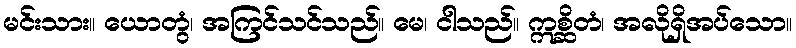
မင်းသား။ ယောတွံ၊ အကြင်သင်သည်။ မေ၊ ငါသည်။ ဣစ္ဆိတံ၊ အလိုရှိအပ်သော။